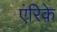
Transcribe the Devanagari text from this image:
एंरिक़े